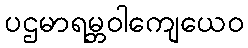
ပဌမာရမ္ဘဝါကျေယေဝ